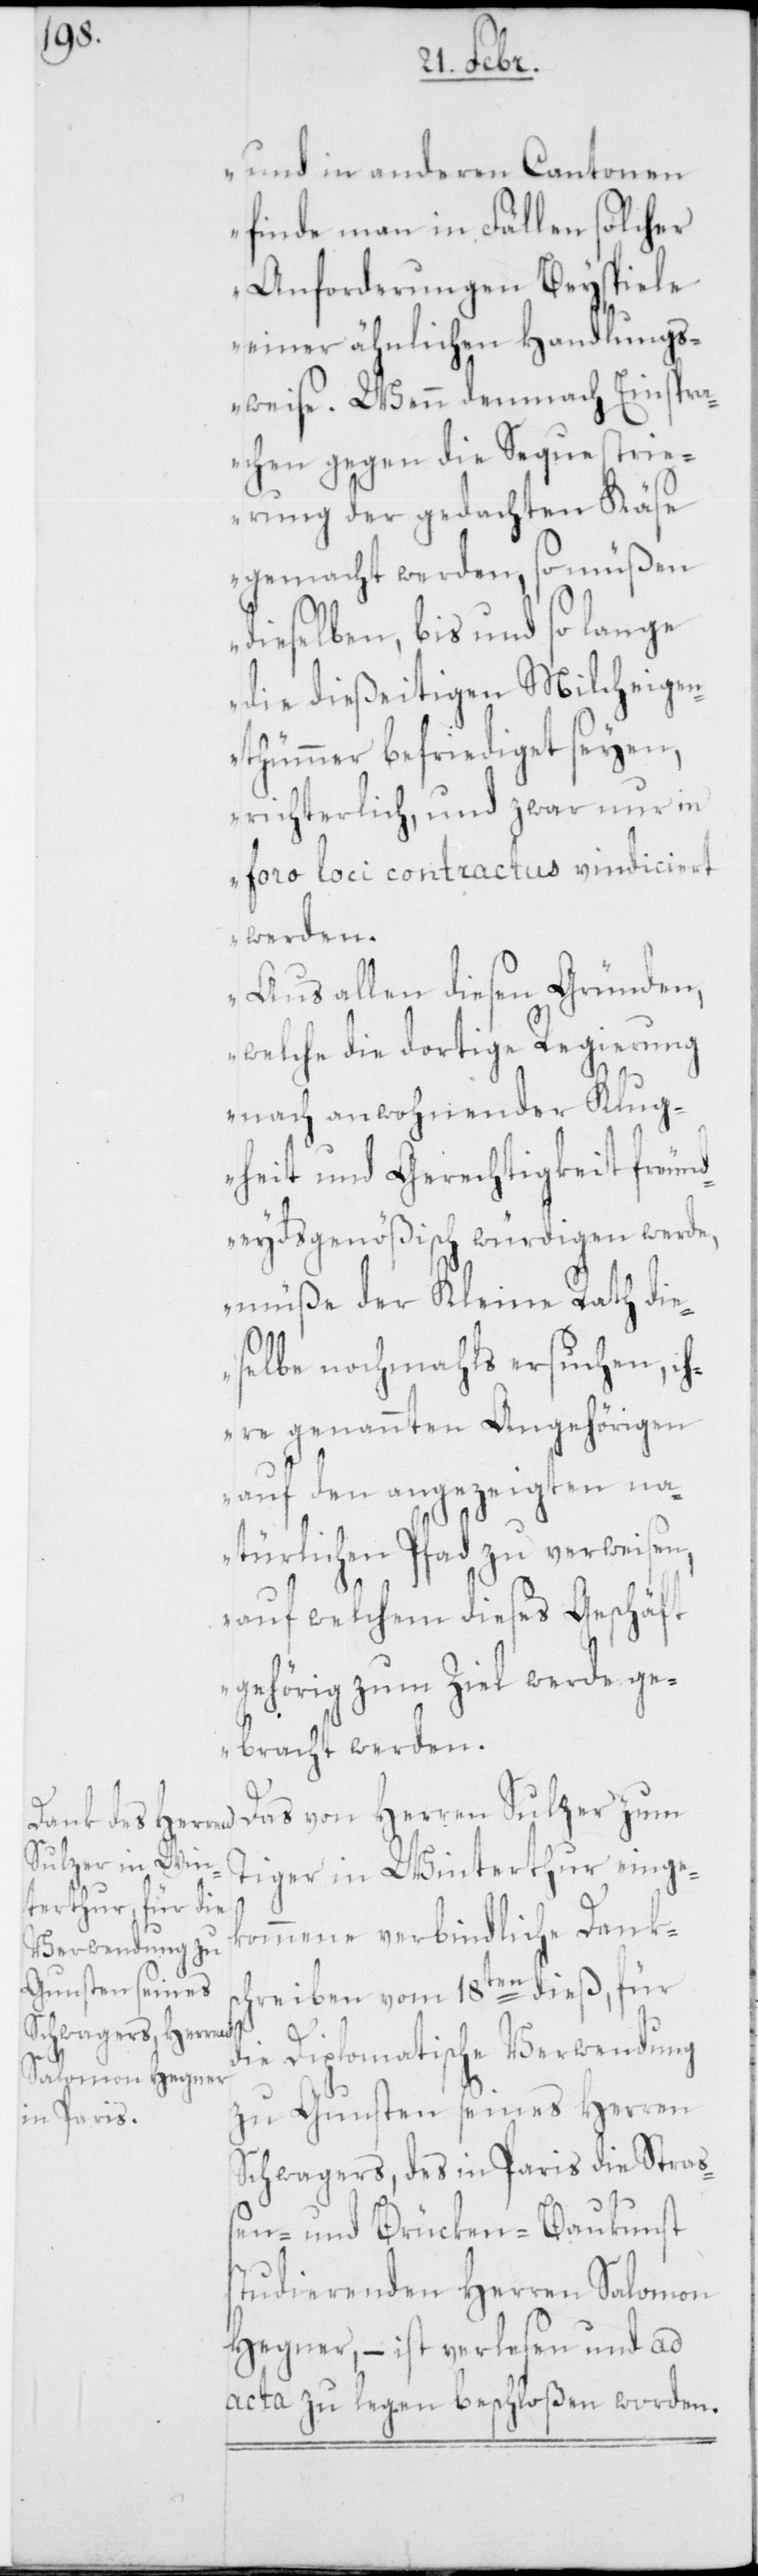
und in anderen Cantonen
finde man in Fällen solcher
Anforderungen Beyspiele
einer ähnlichen Handlungs¬
weise. Wenn demnach Einspra¬
chen gegen die Sequestrie¬
rung der gedachten Käse
gemacht werden, so müßen
dieselben, bis und so lange
die dießeitigen Milcheigen¬
thümer befriediget seyen,
richterlich, und zwar nur in
foro loci contractus vindiciert
werden.
Aus allen diesen Gründen,
welche die dortige Regierung
nach anwohnender Klug¬
heit und Gerechtigkeit freund¬
eydsgenößisch würdigen werde,
müße der Kleine Rath die¬
selbe nochmahls ersuchen, ih¬
re genannten Angehörigen
auf den angezeigten na¬
türlichen Pfad zu verweisen,
auf welchem dieses Geschäft
gehörig zum Ziel werde ge¬
bracht werden.“
Das von Herren Sulzer zum
Tiger in Winterthur einge¬
kommene verbindliche Danks¬
chreiben vom 18ten dieß, für
die Diplomatische Verwendung
zu Gunsten seines Herren
Schwagers, des in Paris die Stra¬
ßen- und Brücken-Baukunst
studierenden Herren Salomon
Hegner, – ist verlesen und ad
acta zu legen beschloßen worden.